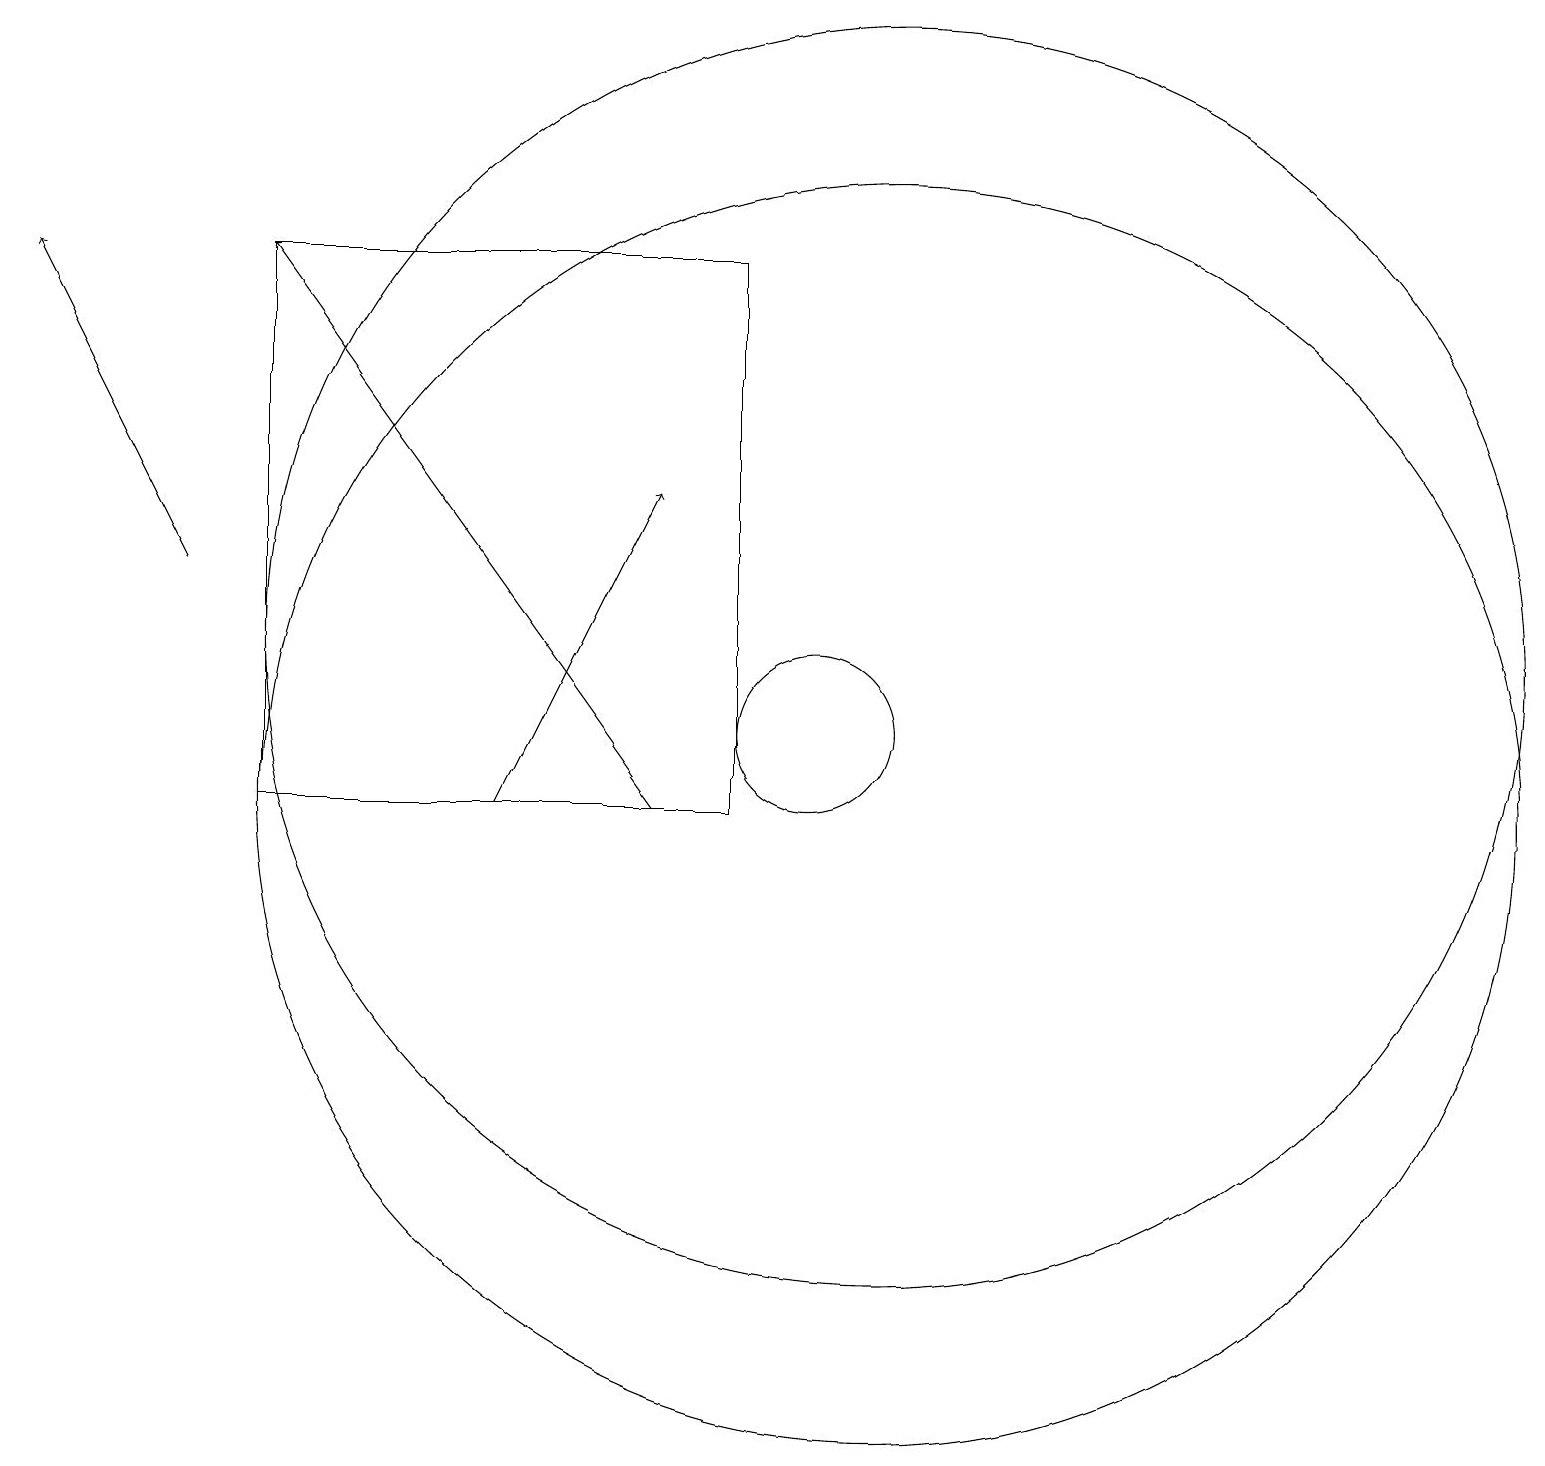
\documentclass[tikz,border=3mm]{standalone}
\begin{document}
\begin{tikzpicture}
\draw (9,10) rectangle (3,17);
\draw[->] (8,10) -- (3,17);
\draw (10,11) circle (1);
\draw[->] (6,10) -- (8,14);
\draw (11,10) circle (8);
\draw (11,12) circle (8);
\draw[->] (2,13) -- (0,17);
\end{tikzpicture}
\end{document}